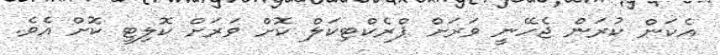
އެކަން ކުރަން ޖެހޭނީ ވަރަށް ޕްރެކްޓިކަލް ކޮށް ވަރަށް ކޮލިޓީ ކޮށް އެވެ.